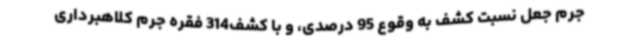
جرم جعل نسبت کشف به وقوع 95 درصدی، و با کشف314 فقره جرم کلاهبرداری